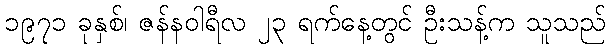
၁၉၇၁ ခုနှစ်၊ ဇန်နဝါရီလ ၂၃ ရက်နေ့တွင် ဦးသန့်က သူသည်